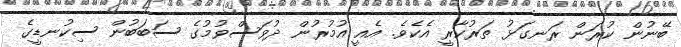
ބޭނުން ކުރަން ރަނގަޅު ތަރުކާރީ އެކެވެ. އެއީ އުމުުރުން ދުވަސްވުމުގެ ސަބަބުން ސިކުނޑީގެ